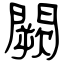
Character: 闕